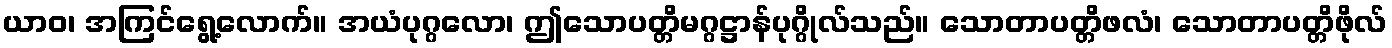
ယာဝ၊ အကြင်ရွေ့လောက်။ အယံပုဂ္ဂလော၊ ဤသောပတ္တိမဂ္ဂဋ္ဌာန်ပုဂ္ဂိုလ်သည်။ သောတာပတ္တိဖလံ၊ သောတာပတ္တိဖိုလ်